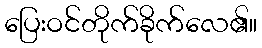
ပြေးဝင်တိုက်ခိုက်လေ၏။